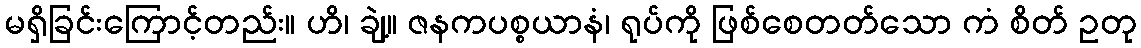
မရှိခြင်းကြောင့်တည်း။ ဟိ၊ ချဲ့။ ဇနကပစ္စယာနံ၊ ရုပ်ကို ဖြစ်စေတတ်သော ကံ စိတ် ဥတု